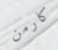
كارمن